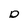
Character: D